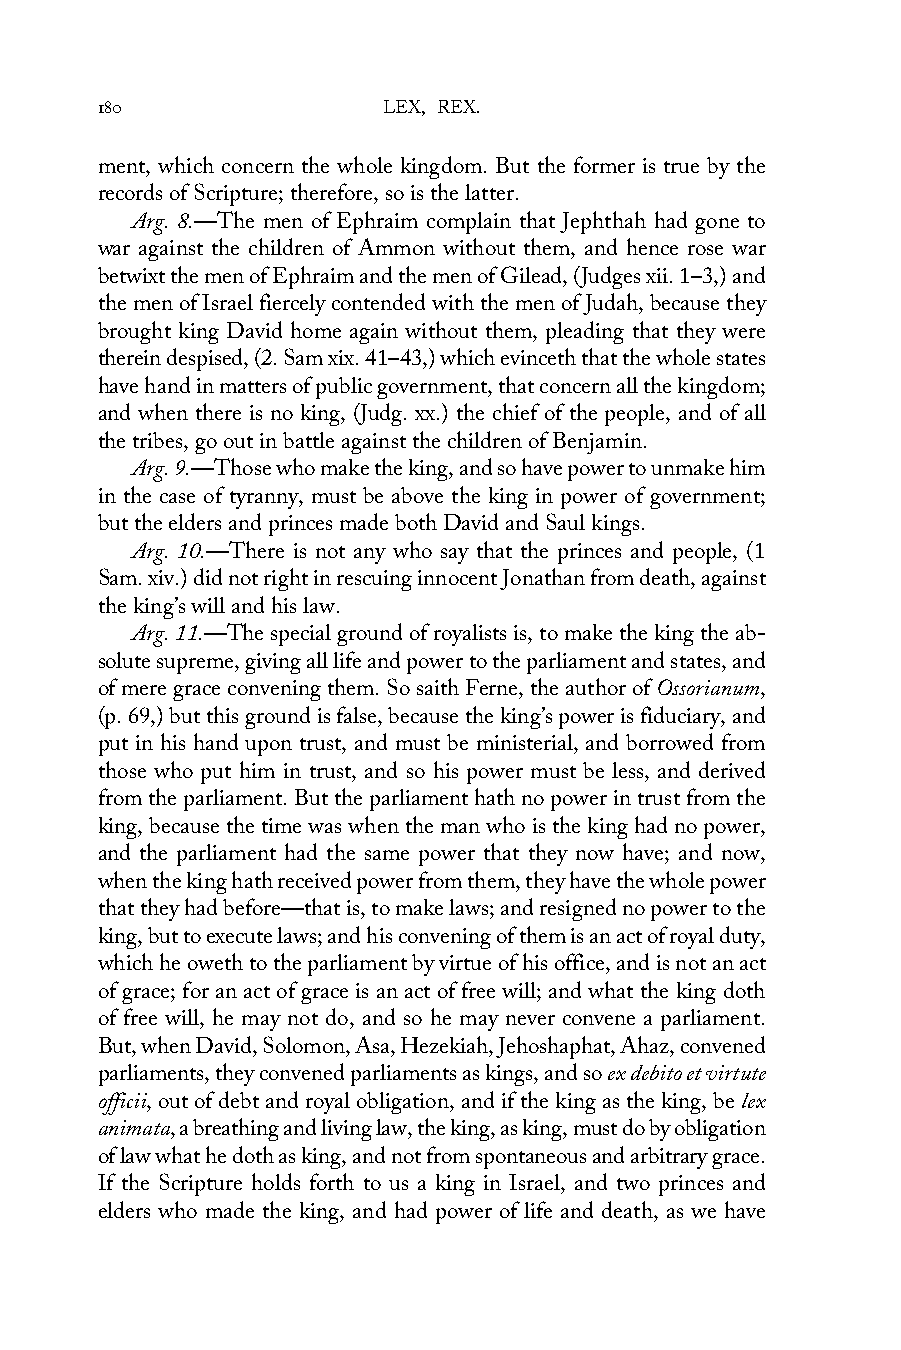
180                LEX, REX.
 ment, which concern the whole kingdom. But the former is true by the
 records of Scripture; therefore, so is the latter.
 Arg. 8.—The men of Ephraim complain that Jephthah had gone to
 war against the children of Ammon without them, and hence rose war
 betwixt the men of Ephraim and the men of Gilead, (Judges xii. 1–3,) and
 the men of Israel fiercely contended with the men of Judah, because they
 brought king David home again without them, pleading that they were
 therein despised, (2. Sam xix. 41–43,) which evinceth that the whole states
 have hand in matters of public government, that concern all the kingdom;
 and when there is no king, (Judg. xx.) the chief of the people, and of all
 the tribes, go out in battle against the children of Benjamin.
 Arg. 9.—Those who make the king, and so have power to unmake him
 in the case of tyranny, must be above the king in power of government;
 but the elders and princes made both David and Saul kings.
 Arg. 10.—There is not any who say that the princes and people, (1
 Sam. xiv.) did not right in rescuing innocent Jonathan from death, against
 the king’s will and his law.
 Arg. 11.—The special ground of royalists is, to make the king the ab-
 solute supreme, giving all life and power to the parliament and states, and
 of mere grace convening them. So saith Ferne, the author of Ossorianum,
 (p. 69,) but this ground is false, because the king’s power is fiduciary, and
 put in his hand upon trust, and must be ministerial, and borrowed from
 those who put him in trust, and so his power must be less, and derived
 from the parliament. But the parliament hath no power in trust from the
 king, because the time was when the man who is the king had no power,
 and the parliament had the same power that they now have; and now,
 when the king hath received power from them, they have the whole power
 that they had before—that is, to make laws; and resigned no power to the
 king, but to execute laws; and his convening of them is an act of royal duty,
 which he oweth to the parliament by virtue of his office, and is not an act
 of grace; for an act of grace is an act of free will; and what the king doth
 of free will, he may not do, and so he may never convene a parliament.
 But, when David, Solomon, Asa, Hezekiah, Jehoshaphat, Ahaz, convened
 parliaments, they convened parliaments as kings, and so ex debito et virtute
 officii, out of debt and royal obligation, and if the king as the king, be lex
 animata, a breathing and living law, the king, as king, must do by obligation
 of law what he doth as king, and not from spontaneous and arbitrary grace.
 If the Scripture holds forth to us a king in Israel, and two princes and
 elders who made the king, and had power of life and death, as we have